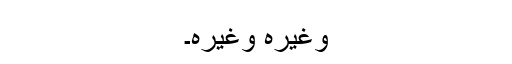
وغیرہ وغیرہ۔